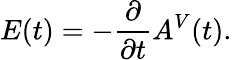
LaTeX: E(t)=-\frac{\partial}{\partial t}A^{V}(t).